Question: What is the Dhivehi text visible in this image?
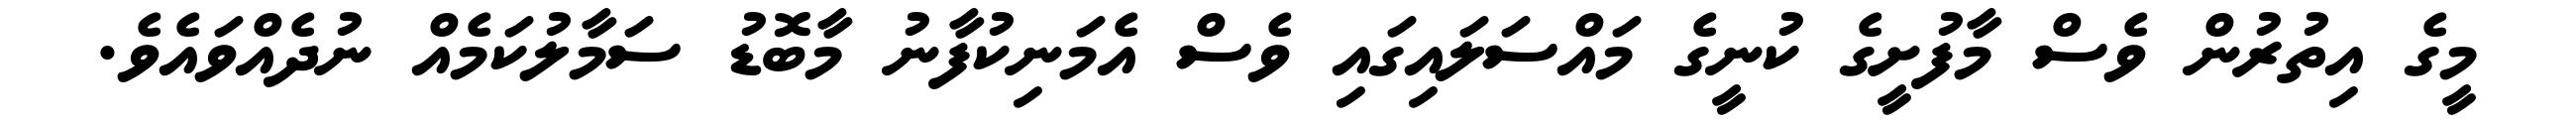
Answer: މީގެ އިތުރުން ވެސް މާފުށީގެ ކުނީގެ މައްސަލައިގައި ވެސް އެމަނިކުފާނު މާބޮޑު ސަމާލުކަމެއް ނުދެއްވައެވެ.